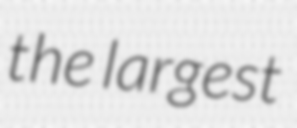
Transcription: the largest